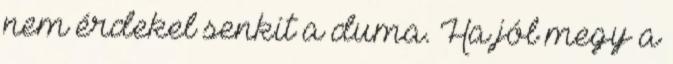
nem érdekel senkit a duma. Ha jól megy a